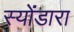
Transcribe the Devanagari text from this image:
स्योंडारा